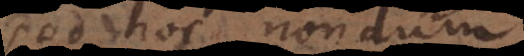
Sed hoc nondum